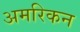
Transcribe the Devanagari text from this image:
अमरिकन